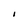
Character: I